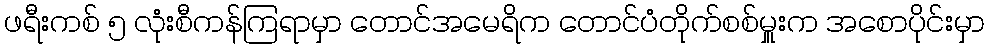
ဖရီးကစ် ၅ လုံးစီကန်ကြရာမှာ တောင်အမေရိက တောင်ပံတိုက်စစ်မှူးက အစောပိုင်းမှာ